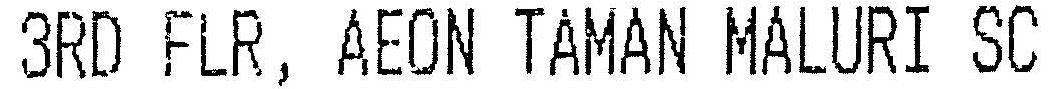
3RD FLR, AEON TAMAN MALURI SC